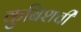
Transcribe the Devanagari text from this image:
कुबिशची